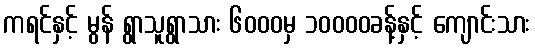
ကရင်နှင့် မွန် ရွာသူရွာသား ၆၀၀၀မှ ၁၀၀၀၀ခန့်နှင့် ကျောင်းသား